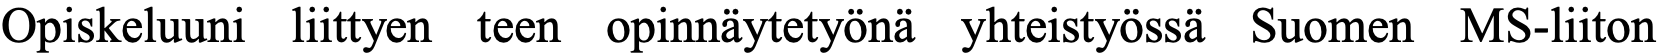
Opiskeluuni liittyen teen opinnäytetyönä yhteistyössä Suomen MS-liiton